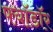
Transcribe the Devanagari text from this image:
फ्यॉडॉर